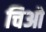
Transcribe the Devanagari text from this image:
चिओ